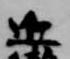
近